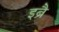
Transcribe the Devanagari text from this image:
इब्रै